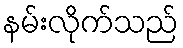
နမ်းလိုက်သည်